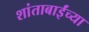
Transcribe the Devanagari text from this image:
शांताबाईंच्या